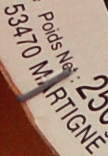
53470 MARTIGNE